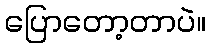
ပြောတော့တာပဲ။